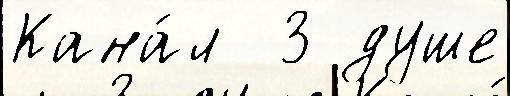
Кана́л  3 душе